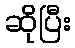
ဆိုပြီး